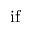
\mathrm { i f }